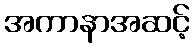
အကာနာအဆင့်